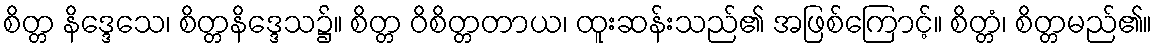
စိတ္တ နိဒ္ဒေသေ၊ စိတ္တနိဒ္ဒေသ၌။ စိတ္တ ဝိစိတ္တတာယ၊ ထူးဆန်းသည်၏ အဖြစ်ကြောင့်။ စိတ္တံ၊ စိတ္တမည်၏။